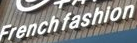
French fashion